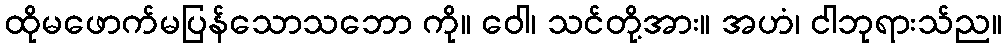
ထိုမဖောက်မပြန်သောသဘော ကို။ ဝေါ၊ သင်တို့အား။ အဟံ၊ ငါဘုရားသ်ည။